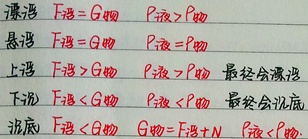
漂浮 \(F_{浮}=G_{物}\)，\(\rho_{液}>\rho_{物}\)
悬浮 \(F_{浮}=G_{物}\)，\(\rho_{液}=\rho_{物}\)
上浮 \(F_{浮}>G_{物}\)，\(\rho_{液}>\rho_{物}\) ，最终会漂浮
下沉 \(F_{浮}<G_{物}\)，\(\rho_{液}<\rho_{物}\) ，最终会沉底
沉底 \(F_{浮}<G_{物}\)，\(G_{物}=F_{浮}+N\)，\(\rho_{液}<\rho_{物}\)